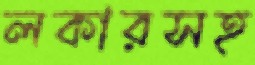
লকারসহ